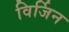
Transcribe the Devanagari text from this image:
विर्जिन